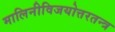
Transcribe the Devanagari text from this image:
मालिनीविजयोत्तरतन्त्र